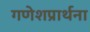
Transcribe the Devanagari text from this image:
गणेशप्रार्थना